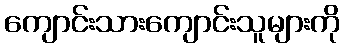
ကျောင်းသားကျောင်းသူများကို